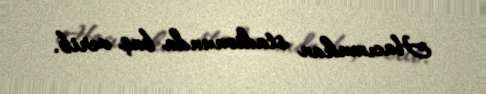
Hacımukan stadionunda baş verib.